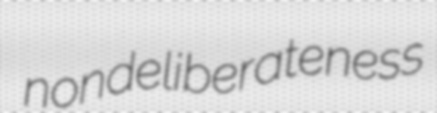
nondeliberateness